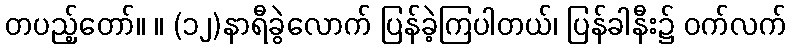
တပည့်တော်။ ။ (၁၂)နာရီခွဲလောက် ပြန်ခဲ့ကြပါတယ်၊ ပြန်ခါနီး၌ ဝက်လက်